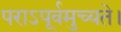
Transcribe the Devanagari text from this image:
पराऽपूर्वमुच्यते।